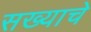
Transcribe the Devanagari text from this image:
सख्याचे